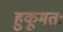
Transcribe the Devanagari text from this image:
हुकूमतः